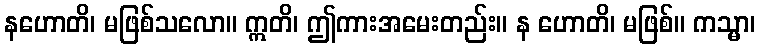
နဟောတိ၊ မဖြစ်သလော။ ဣတိ၊ ဤကားအမေးတည်း။ န ဟောတိ၊ မဖြစ်။ ကသ္မာ၊